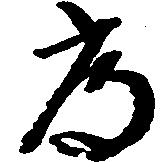
常